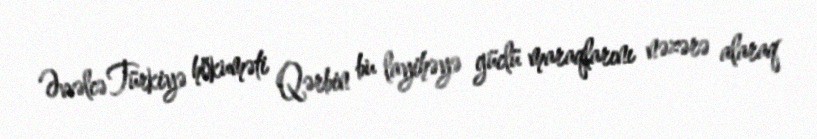
Əvvəlcə Türkiyə hökuməti Qərbin bu layihəyə güclü maraqlarını nəzərə alaraq